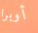
أوبرا